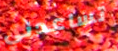
تساعدني